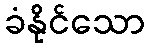
ခံနိုင်သော